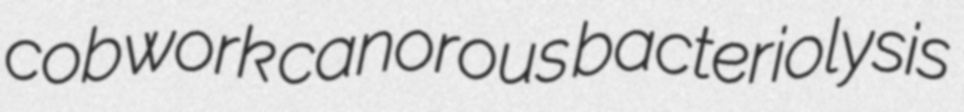
cobwork canorous bacteriolysis